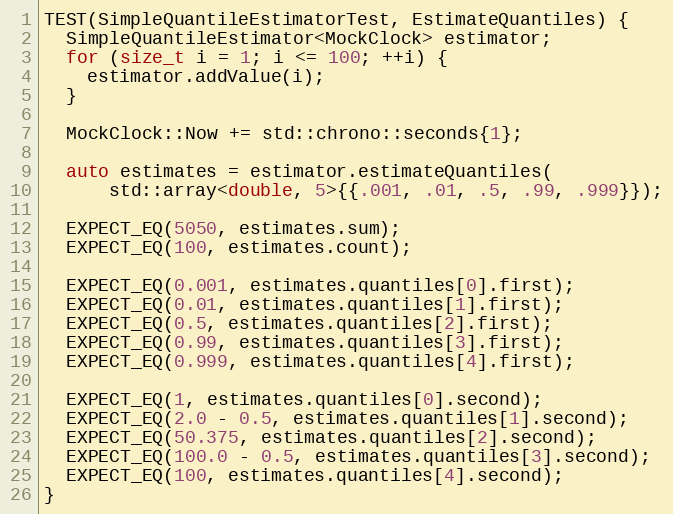
Language: C++
TEST(SimpleQuantileEstimatorTest, EstimateQuantiles) {
  SimpleQuantileEstimator<MockClock> estimator;
  for (size_t i = 1; i <= 100; ++i) {
    estimator.addValue(i);
  }

  MockClock::Now += std::chrono::seconds{1};

  auto estimates = estimator.estimateQuantiles(
      std::array<double, 5>{{.001, .01, .5, .99, .999}});

  EXPECT_EQ(5050, estimates.sum);
  EXPECT_EQ(100, estimates.count);

  EXPECT_EQ(0.001, estimates.quantiles[0].first);
  EXPECT_EQ(0.01, estimates.quantiles[1].first);
  EXPECT_EQ(0.5, estimates.quantiles[2].first);
  EXPECT_EQ(0.99, estimates.quantiles[3].first);
  EXPECT_EQ(0.999, estimates.quantiles[4].first);

  EXPECT_EQ(1, estimates.quantiles[0].second);
  EXPECT_EQ(2.0 - 0.5, estimates.quantiles[1].second);
  EXPECT_EQ(50.375, estimates.quantiles[2].second);
  EXPECT_EQ(100.0 - 0.5, estimates.quantiles[3].second);
  EXPECT_EQ(100, estimates.quantiles[4].second);
}